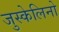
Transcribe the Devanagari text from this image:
जुस्केलिनो